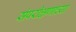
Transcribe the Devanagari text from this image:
संपरीक्षणाच्या